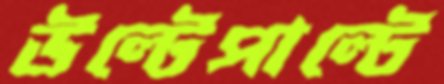
উল্টেপাল্টে